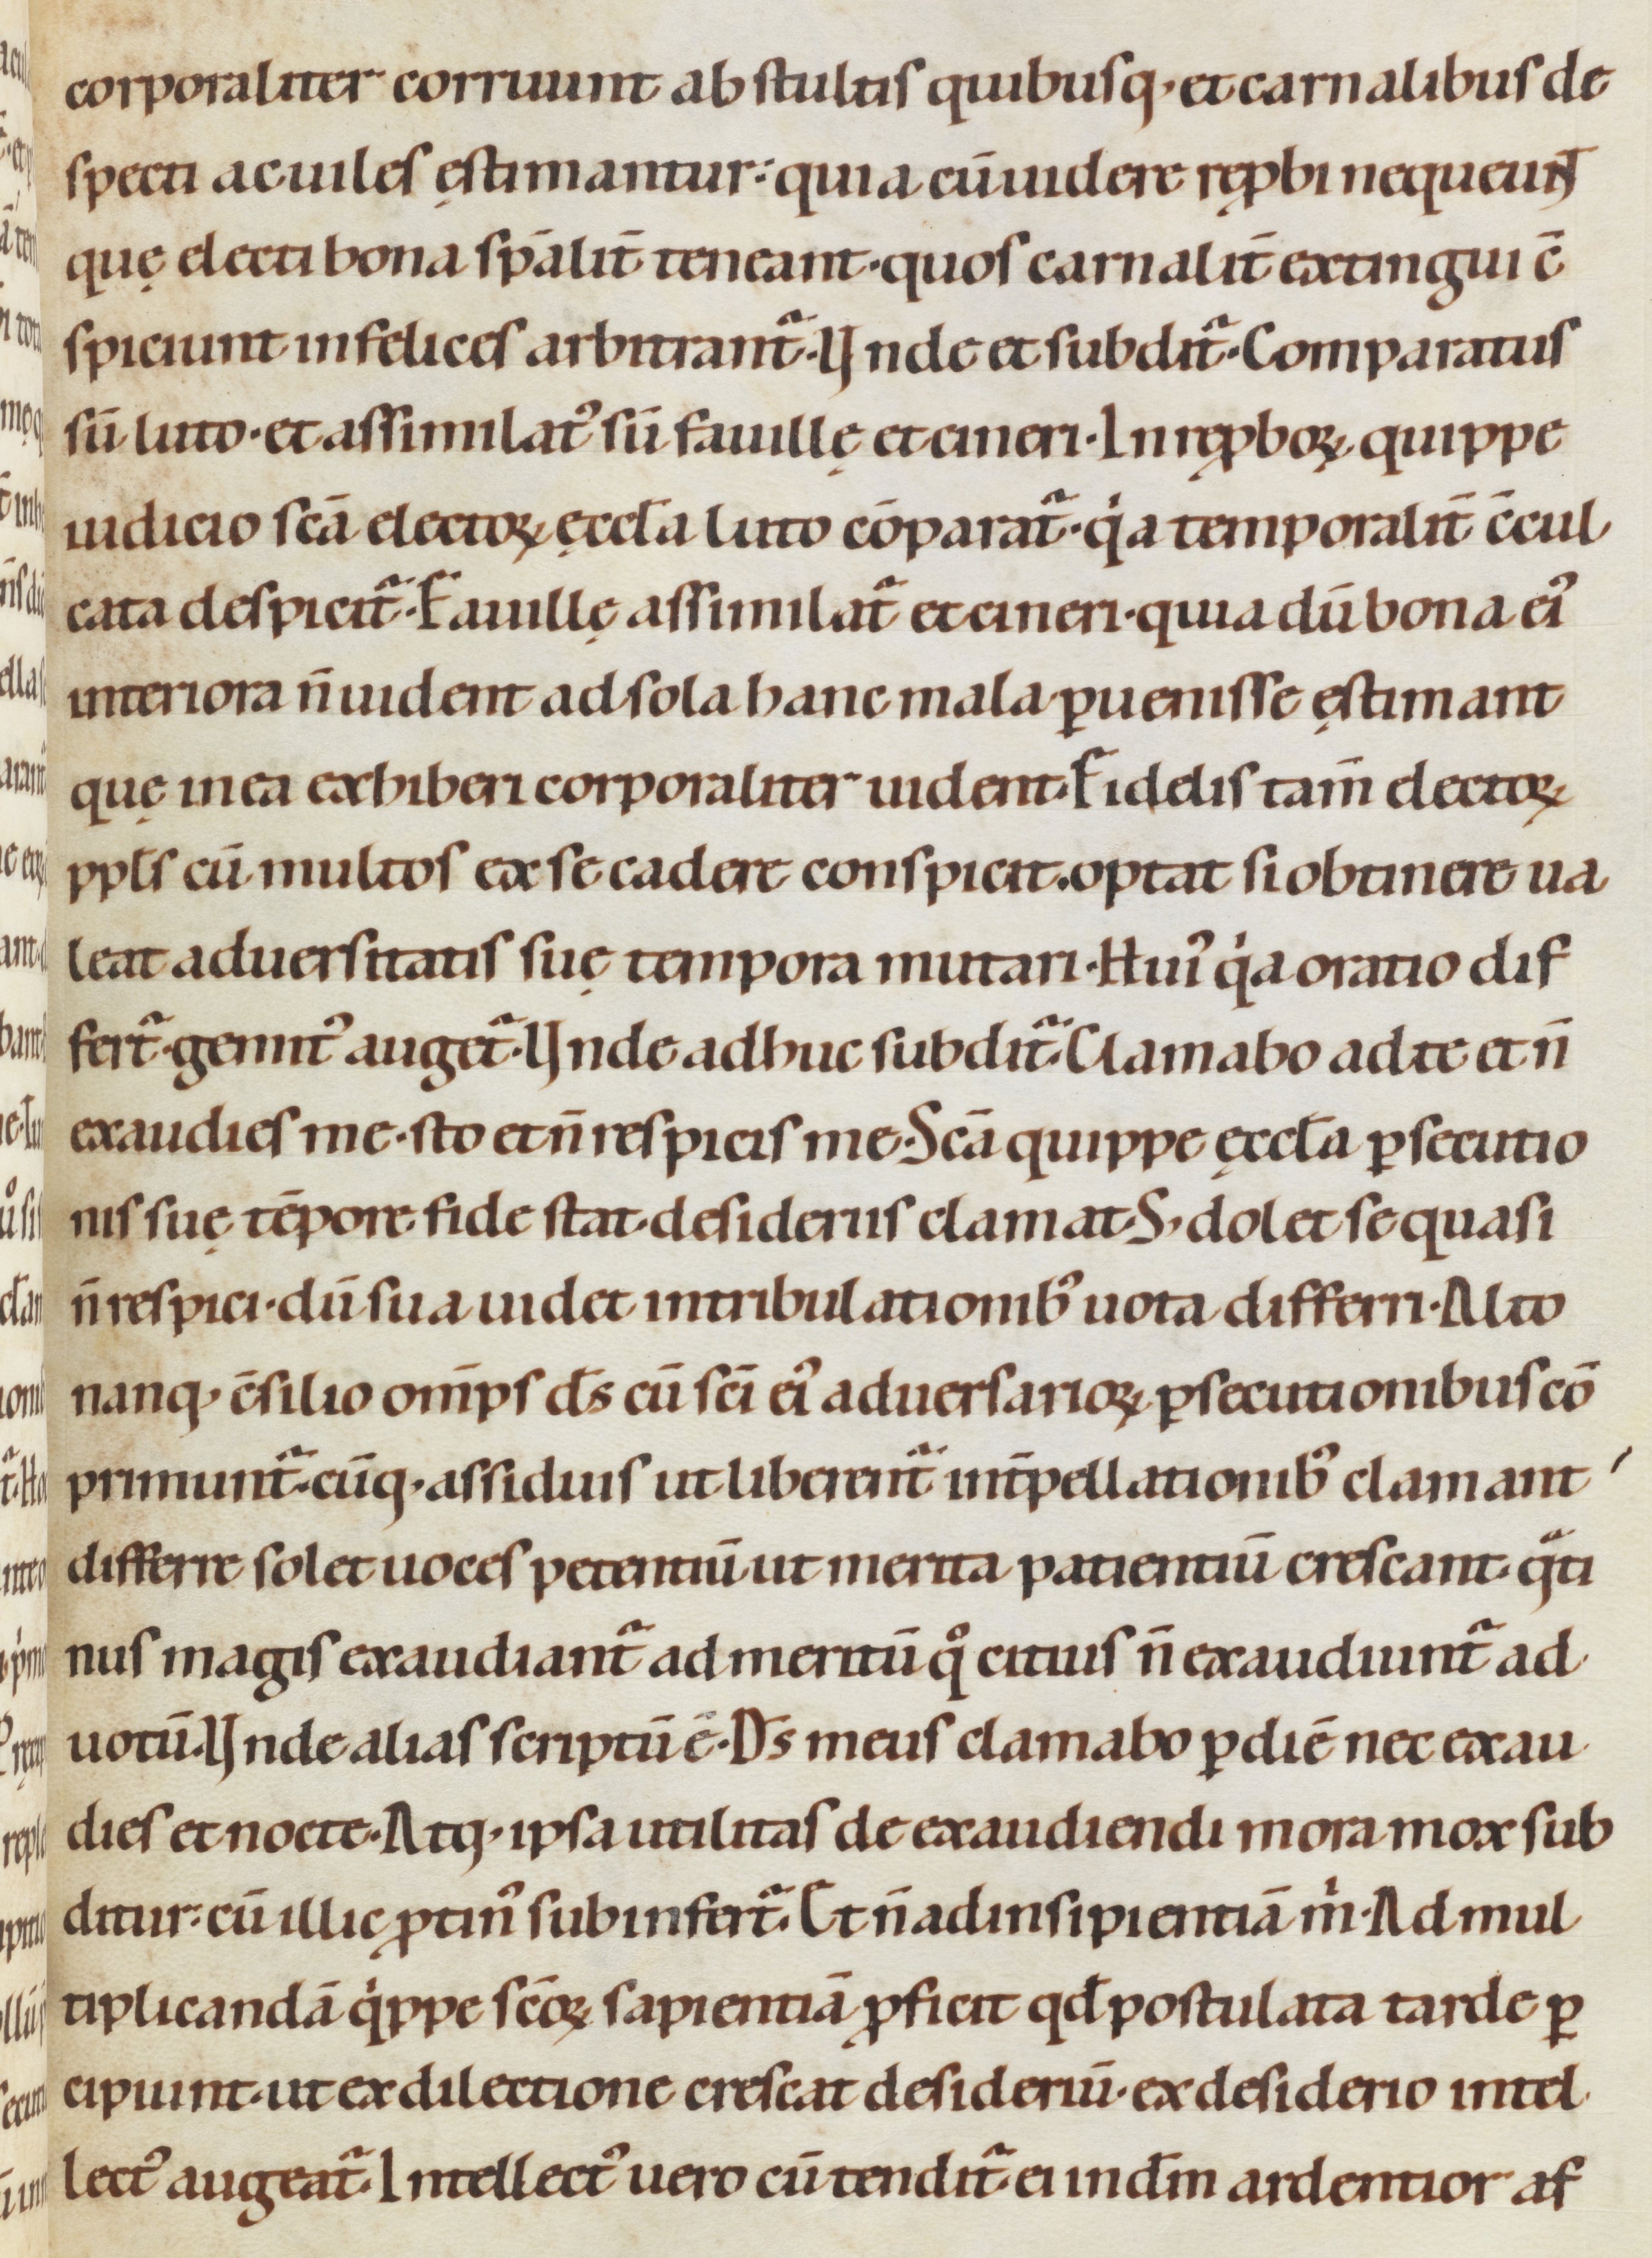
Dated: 1080–1096